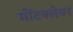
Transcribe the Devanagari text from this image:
मोंटक्लेयर